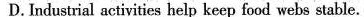
D.Industrial activities help keep food webs stable.